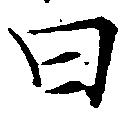
曰